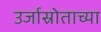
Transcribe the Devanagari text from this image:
उर्जास्रोताच्या